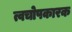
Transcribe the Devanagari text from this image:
त्वचोपकारक